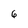
Character: 6